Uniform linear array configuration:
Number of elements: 12
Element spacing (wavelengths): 0.75
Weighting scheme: blackman
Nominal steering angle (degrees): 30
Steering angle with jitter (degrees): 31.149
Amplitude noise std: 0.05
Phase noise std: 0.05

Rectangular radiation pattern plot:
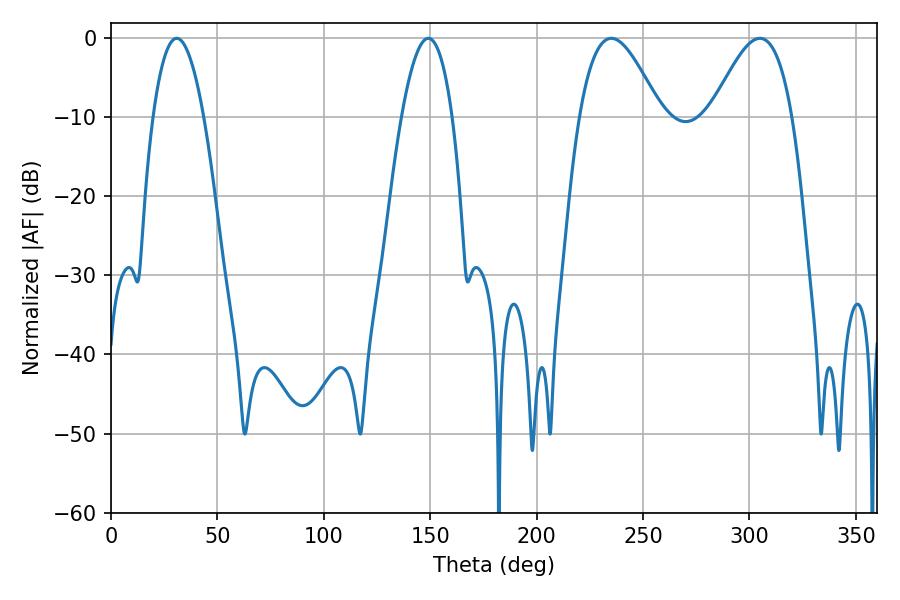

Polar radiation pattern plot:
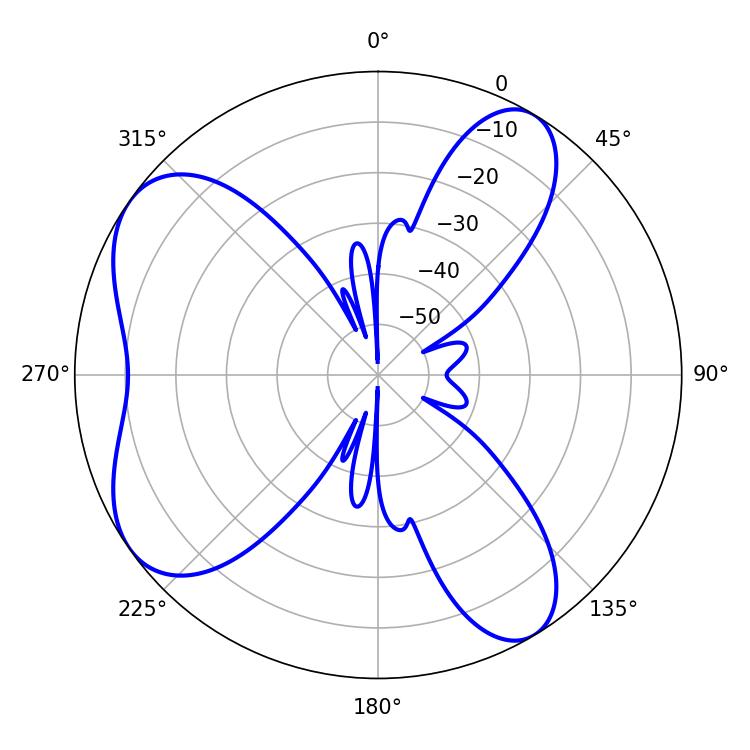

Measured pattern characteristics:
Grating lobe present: TRUE
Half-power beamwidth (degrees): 20.52
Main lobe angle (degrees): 235.08